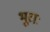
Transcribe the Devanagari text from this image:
भूराः